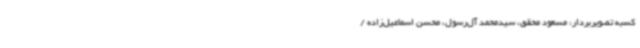
کسبه تصویربردار: مسعود محقق، سیدمحمد آل‌رسول، محسن اسماعیل‌زاده /